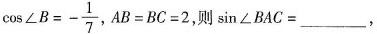
$$\cos ∠ B = - \frac { 1 } { 7 }$$,$$A B = B C = 2$$,则 $$\sin ∠ B A C =___$$,